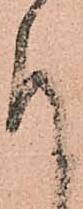
引